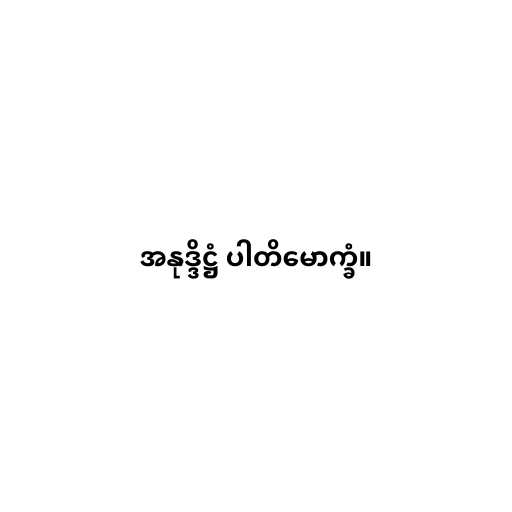
အနုဒ္ဒိဋ္ဌံ ပါတိမောက္ခံ။